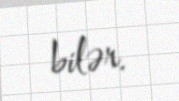
bilər.